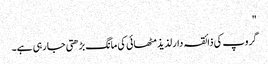
"
گروپ کی ذائقہ دار لذیذ مٹھائی کی مانگ بڑھتی جا رہی ہے۔